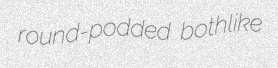
round-podded bothlike